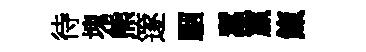
待塊熊篴駰蠶籯餼